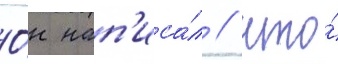
О́н нап'иса́л / что́